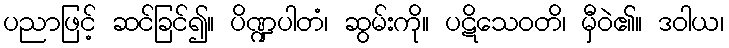
ပညာဖြင့် ဆင်ခြင်၍။ ပိဏ္ဍပါတံ၊ ဆွမ်းကို။ ပဋိသေဝတိ၊ မှီဝဲ၏။ ဒဝါယ၊